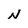
Character: N